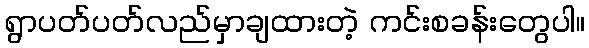
ရွာပတ်ပတ်လည်မှာချထားတဲ့ ကင်းစခန်းတွေပါ။